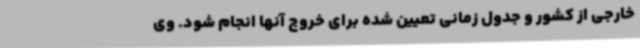
خارجی از کشور و جدول زمانی تعیین شده برای خروج آنها انجام شود. وی